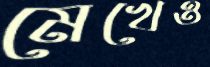
মেখেও